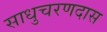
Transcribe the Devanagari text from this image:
साधुचरणदास